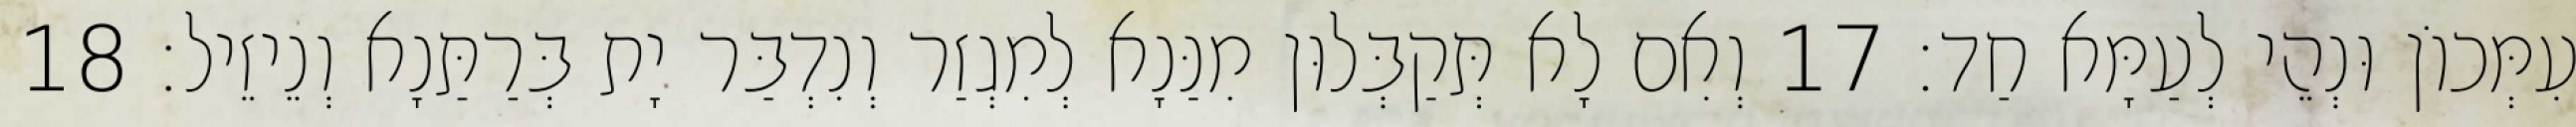
עִמְּכוֹן וּנְהֵי לְעַמָּא חַד׃ 17 וְאִם לָא תְּקַבְּלוּן מִנַּנָא לְמִגְזַר וְנִדְבַּר יָת בְּרַתַּנָא וְנֵיזֵיל׃ 18